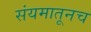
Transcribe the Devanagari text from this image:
संयमातूनच